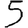
Digit: 5